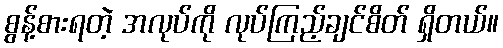
စွန့်စားရတဲ့ အလုပ်ကို လုပ်ကြည့်ချင်စိတ် ရှိတယ်။